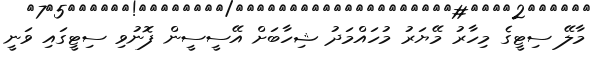
މާލޭ ސިޓީގެ މިހާރު މޭޔަރު މުހައްމަދު ޝިހާބަށް އޭސީސީން ފޮނުވި ސިޓީގައި ވަނީ